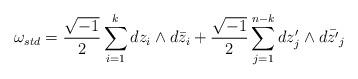
LaTeX: \begin{align*}\omega_{std} = \frac{\sqrt{-1}}{2} \sum_{i=1}^k dz_i\wedge d\bar{z}_{i} + \frac{\sqrt{-1}}{2}\sum_{j=1}^{n-k}dz'_j \wedge d\bar{z'}_j\end{align*}